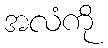
အလံကို